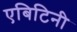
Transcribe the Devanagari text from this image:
एबिटिनी